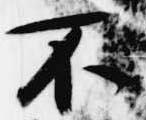
不